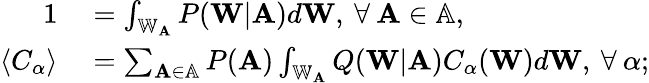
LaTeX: \begin{array}{rl}{1}&{{}=\int_{\mathbb{W}_{\mathbf{A}}}P(\mathbf{W}|\mathbf{A})d\mathbf{W},\: \forall\: \mathbf{A}\in\mathbb{A},}\\ {\langle C_{\alpha}\rangle}&{{}=\sum_{\mathbf{A}\in\mathbb{A}}P(\mathbf{A})\int_{\mathbb{W}_{\mathbf{A}}}Q(\mathbf{W}|\mathbf{A})C_{\alpha}(\mathbf{W})d\mathbf{W},\: \forall\: \alpha;}\end{array}